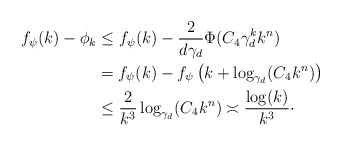
\begin{align*}f_\psi(k) - \phi_k&\leq f_\psi(k) - \frac{2}{d\gamma_d}\Phi(C_4 \gamma_d^k k^n)\\&= f_\psi(k) - f_\psi\left(k + \log_{\gamma_d}(C_4k^n)\right)\\&\leq \frac{2}{k^3} \log_{\gamma_d}(C_4k^n)\asymp \frac{\log(k)}{k^3}\cdot\end{align*}